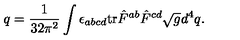
q = \frac 1 { 3 2 \pi ^ { 2 } } \int \epsilon _ { a b c d } \mathrm { t r } \hat { F } ^ { a b } \hat { F } ^ { c d } \sqrt { g } d ^ { 4 } q .